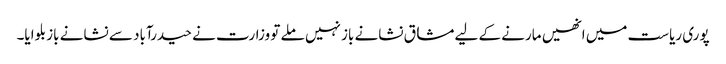
پوری ریاست میں انھیں مارنے کے لیے مشاق نشانے باز نہیں ملے تو وزارت نے حیدرآباد سے نشانے باز بلوایا۔